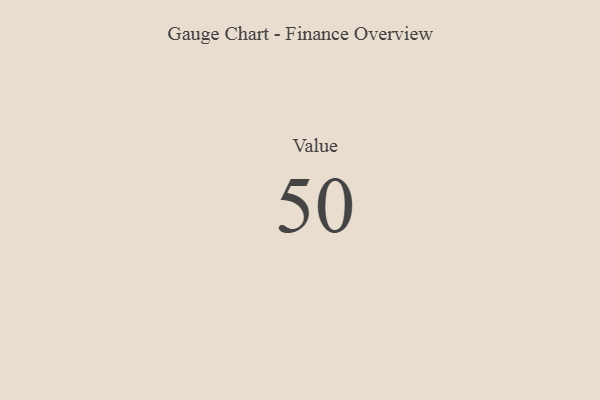
{"axis": {"x": "Metric", "y": "Value"}, "legend": [""], "data": [{"x": "Value", "y": 50, "type": ""}]}